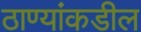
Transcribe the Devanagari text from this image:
ठाण्यांकडील